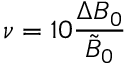
\nu = 1 0 \frac { \Delta B _ { 0 } } { \tilde { B } _ { 0 } }